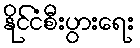
နိုင်ငံစီးပွားရေး